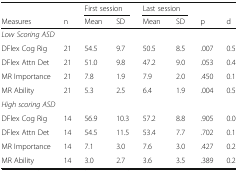
<table><thead><tr><td colspan="2"></td><td colspan="2"><b>First session</b></td><td colspan="2"><b>Last session</b></td><td colspan="2"></td></tr><tr><td><b>Measures</b></td><td><b>n</b></td><td><b>Mean</b></td><td><b>SD</b></td><td><b>Mean</b></td><td><b>SD</b></td><td><b>p</b></td><td><b>d</b></td></tr></thead><tbody><tr><td colspan="8"><i>Low Scoring ASD</i></td></tr><tr><td>DFlex Cog Rig</td><td>21</td><td>54.5</td><td>9.7</td><td>50.5</td><td>8.5</td><td>.007</td><td>0.5</td></tr><tr><td>DFlex Attn Det</td><td>21</td><td>51.0</td><td>9.8</td><td>47.2</td><td>9.0</td><td>.053</td><td>0.4</td></tr><tr><td>MR Importance</td><td>21</td><td>7.8</td><td>1.9</td><td>7.9</td><td>2.0</td><td>.450</td><td>0.1</td></tr><tr><td>MR Ability</td><td>21</td><td>5.3</td><td>2.5</td><td>6.4</td><td>1.9</td><td>.004</td><td>0.5</td></tr><tr><td colspan="8"><i>High scoring ASD</i></td></tr><tr><td>DFlex Cog Rig</td><td>14</td><td>56.9</td><td>10.3</td><td>57.2</td><td>8.8</td><td>.905</td><td>0.0</td></tr><tr><td>DFlex Attn Det</td><td>14</td><td>54.5</td><td>11.5</td><td>53.4</td><td>7.7</td><td>.702</td><td>0.1</td></tr><tr><td>MR Importance</td><td>14</td><td>7.1</td><td>3.0</td><td>7.6</td><td>3.0</td><td>.427</td><td>0.2</td></tr><tr><td>MR Ability</td><td>14</td><td>3.0</td><td>2.7</td><td>3.6</td><td>3.5</td><td>.389</td><td>0.2</td></tr></tbody></table>